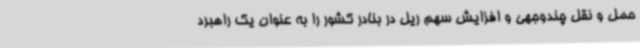
حمل و نقل چندوجهی و افزایش سهم ریل در بنادر کشور را به عنوان یک راهبرد